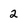
Character: 2